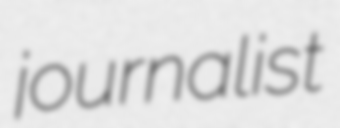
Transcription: journalist